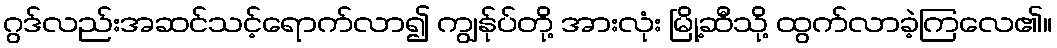
ဂွဒ်လည်းအဆင်သင့်ရောက်လာ၍ ကျွန်ုပ်တို့ အားလုံး မြို့ဆီသို့ ထွက်လာခဲ့ကြလေ၏။